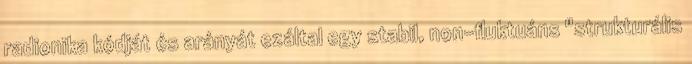
radionika kódját és arányát ezáltal egy stabil, non-fluktuáns "strukturális